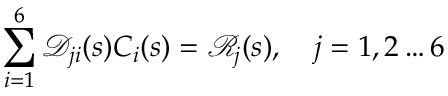
\sum _ { i = 1 } ^ { 6 } \mathscr { D } _ { j i } ( s ) C _ { i } ( s ) = \mathscr { R } _ { j } ( s ) , \quad j = 1 , 2 \ldots 6